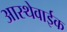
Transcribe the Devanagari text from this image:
आस्थेवाईक